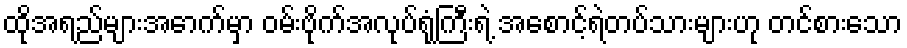
ထိုအရည်များအောက်မှာ ဝမ်းဗိုက်အလုပ်ရုံကြီးရဲ့ အစောင့်ရဲတပ်သားများဟု တင်စားသော